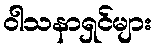
ဝါသနာရှင်များ